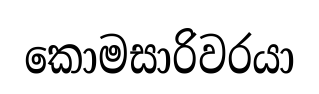
කොමසාරිවරයා